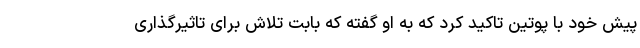
پیش خود با پوتین تاکید کرد که به او گفته که بابت تلاش برای تاثیرگذاری